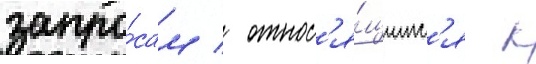
запро́сам / относ'я́щимс'я к